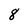
Character: 8